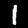
Digit: 1